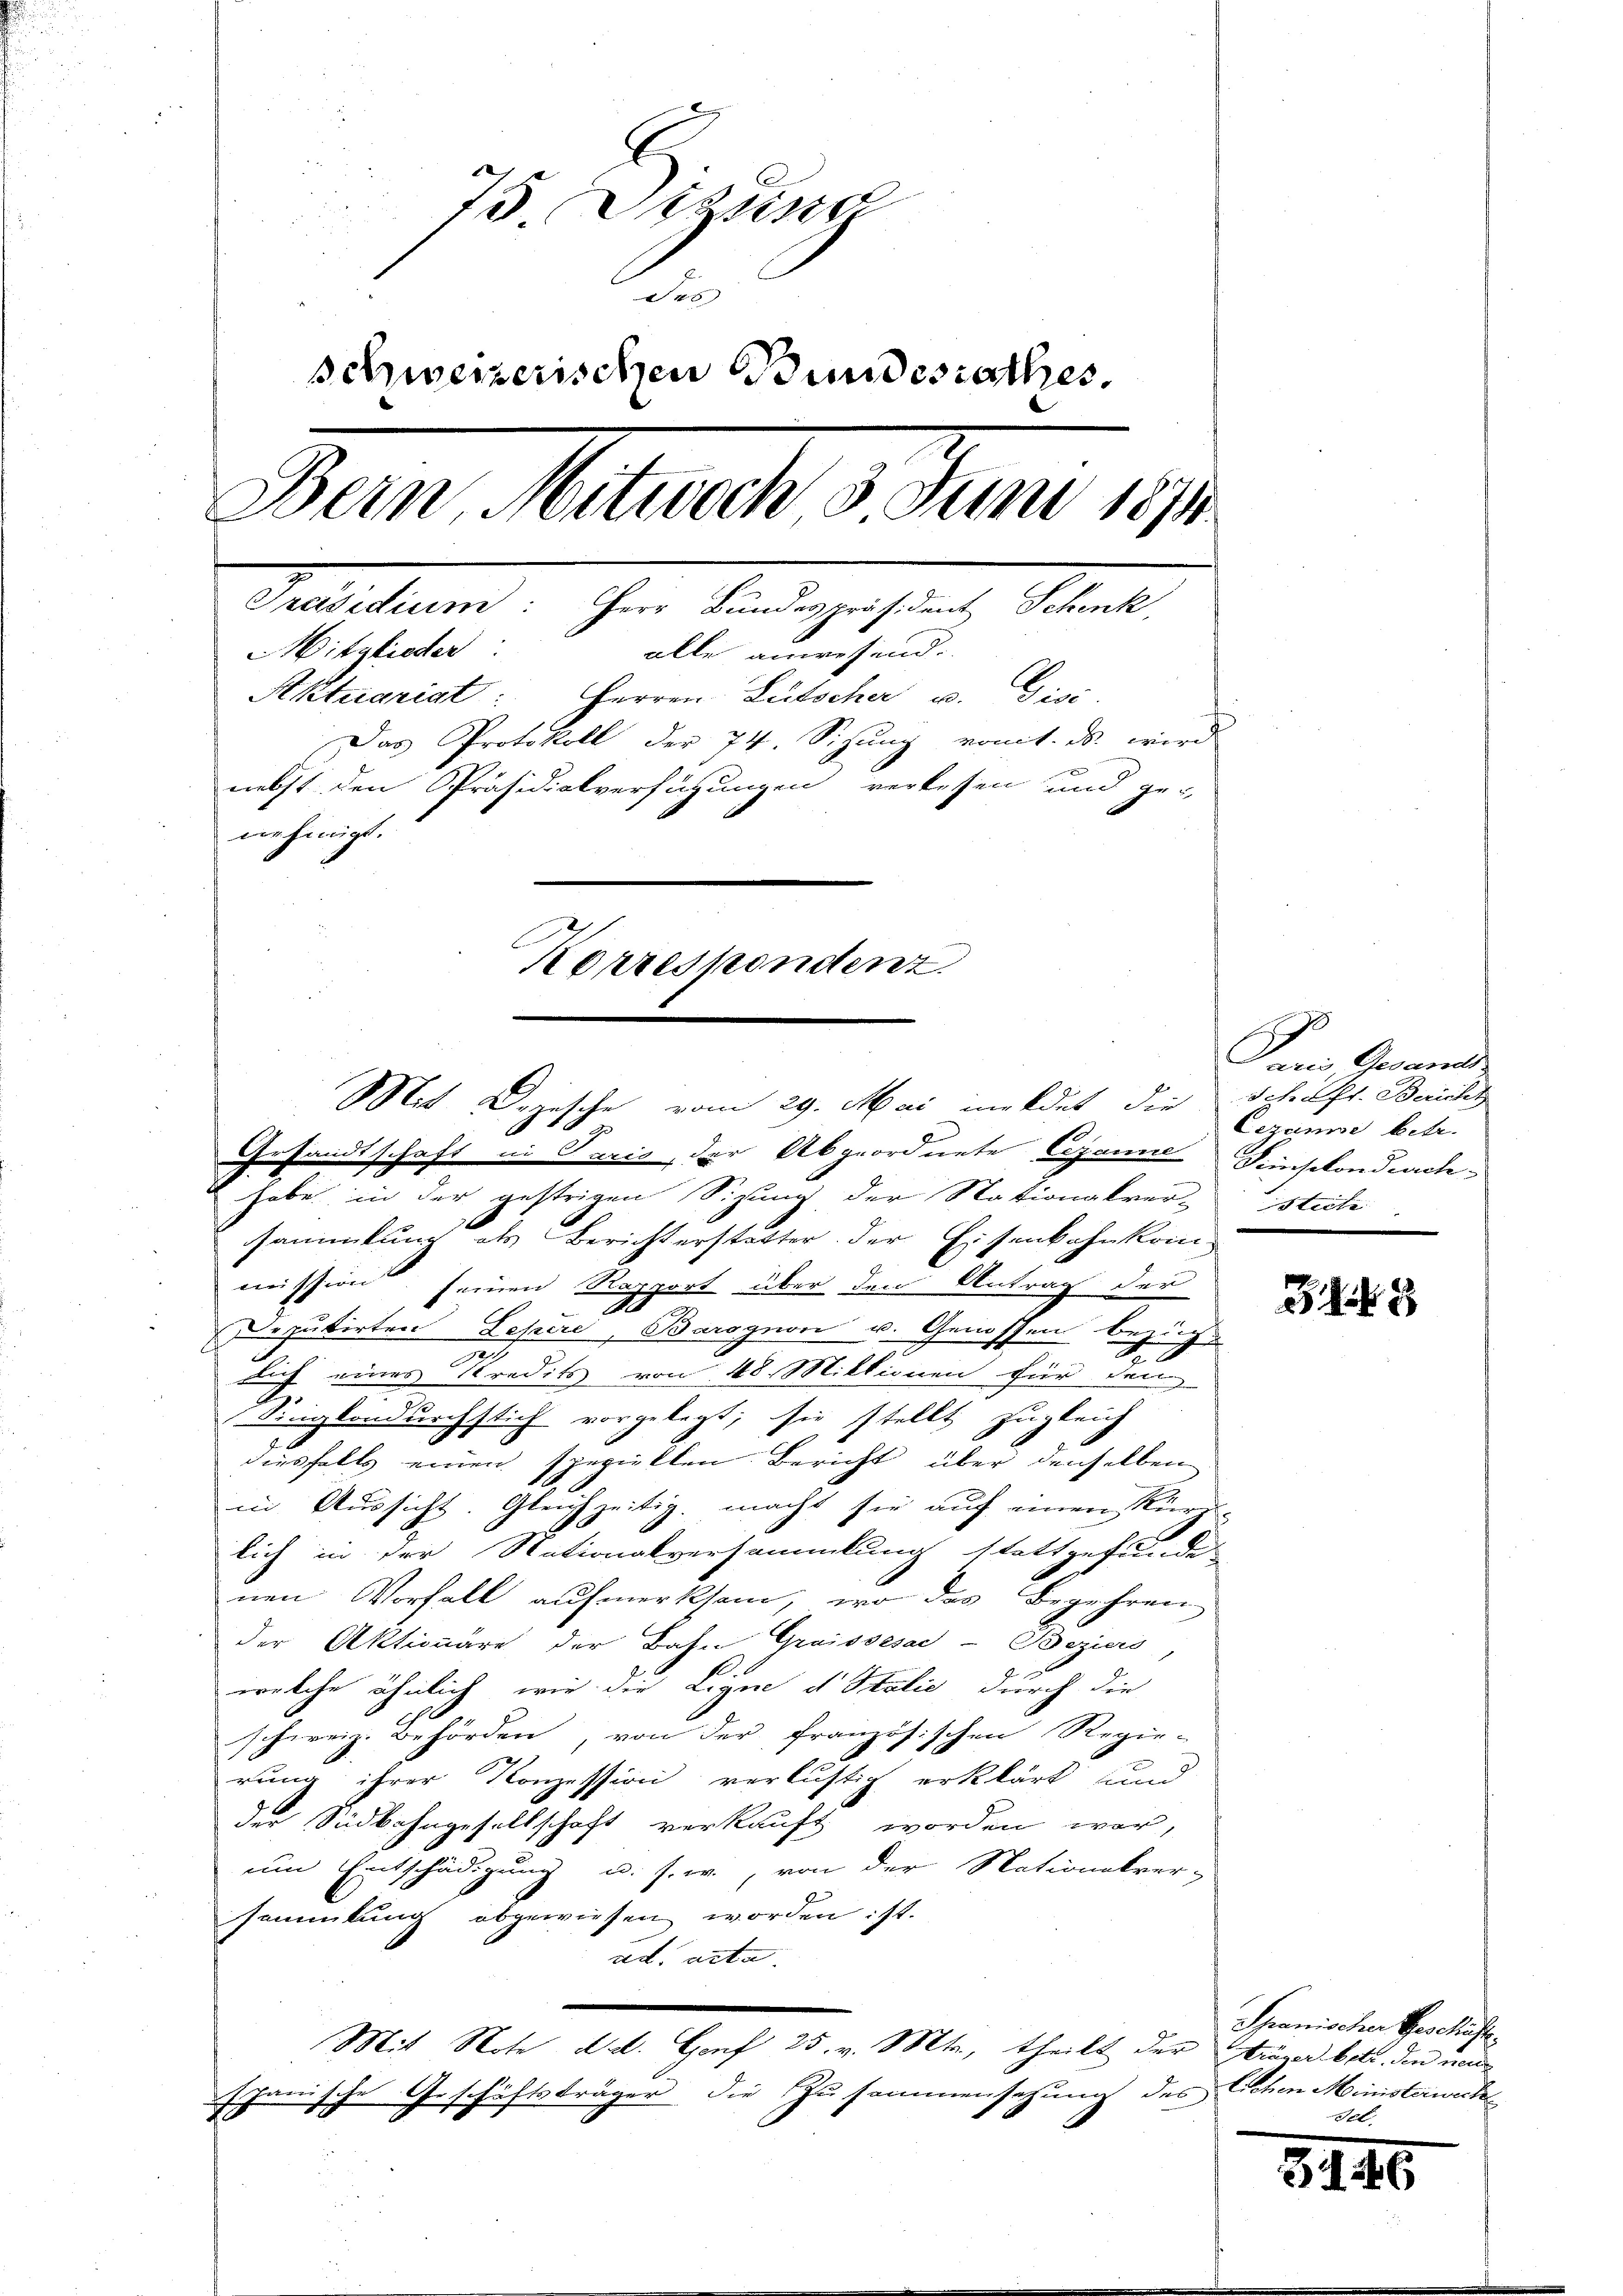
73 eine
des
schweizerischen Bundesrathes.
Bein, Mitwoch 3 Juni 1871
Debituend. Im Sindegestand, Schnet,
Mitglieder
alle anwesend.
Aktuariat: Herren Lütscher u. Gisi,
Das Protokoll der 74. Sizung vom 1. ds. wird
nebst den Präsidialverfügungen verlesen und ge-
nehmigt.
Korrespondenz.

Gesandtschaft in Paris, der Abgeordnete Exjanie Simschondrch-
habe in der gestrigen Sizung der Stationalver-
sammlung als Berichterstatter der Eisenbahnkommission seinen Rapport über den Antrag der
.
Deputirten Lepire, Barognon v. Genossen bezüge
sich eines Kredits von 48. Miktionen für den
Singkondurchstich vorgelegt; sie stellt zugleich
diesfalls einen speziellen Bericht über denselben
in Aussicht. Gleichzeitig macht sie auf einen Kürz-
lich in der Nationalversammlung stattgefunde
nen Vorfall aufmerksam, wo das Begehren
der Aktionäre der Bahn Graissesae-Beziers
welche ähnlich, wie die Ligne d Italie durch die
schweiz. Behörden, von der französischen Regie-
rung ihrer Konzession verlustig erklärt und
der Südbahngesellschaft verkauft worden war,
um Entschädigung u. s. w., von der Nationskrer-
sammlung abgewiesen worden ist.
ad acta
Mit Note Art. Genf 25. v. Mts., theilt der Kräger betr. den neue
schanische Geschäftsträger die Zusammensetzung des Schen Ministerwecke

Mit Depesche vom 29. Mai meldet die Schaft. Berichs

Pani Gesandte
Cezame betr.
Stecte

38

Spanischer Geschäft
Fel.

3. 146